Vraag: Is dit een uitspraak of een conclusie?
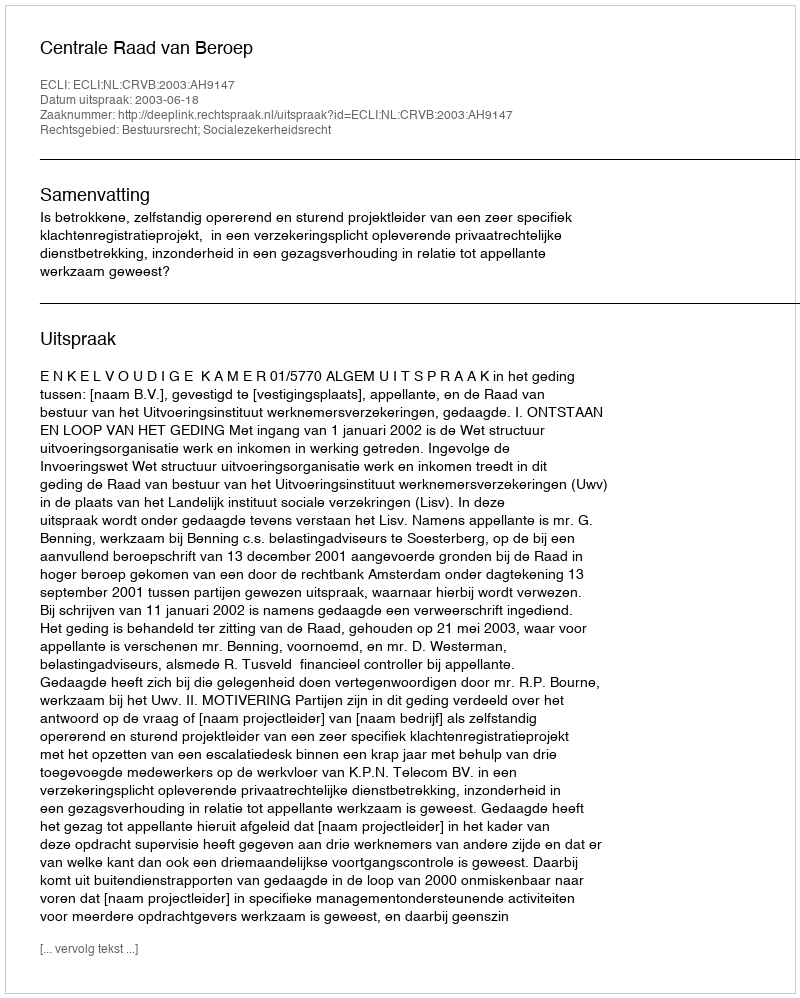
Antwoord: Uitspraak